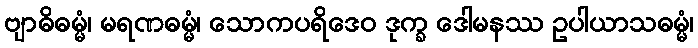
ဗျာဓိဓမ္မံ၊ မရဏဓမ္မံ၊ သောကပရိဒေဝ ဒုက္ခ ဒေါမနဿ ဥပါယာသဓမ္မံ၊